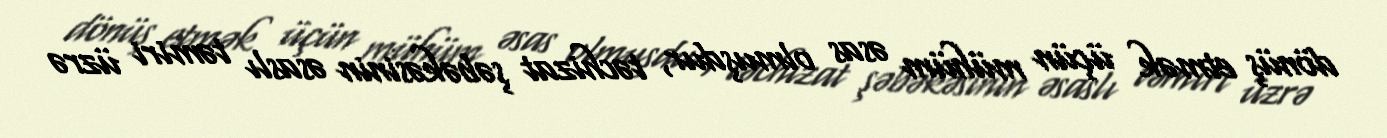
dönüş etmək üçün mühüm əsas olmuşdur, təchizat şəbəkəsinin əsaslı təmiri üzrə